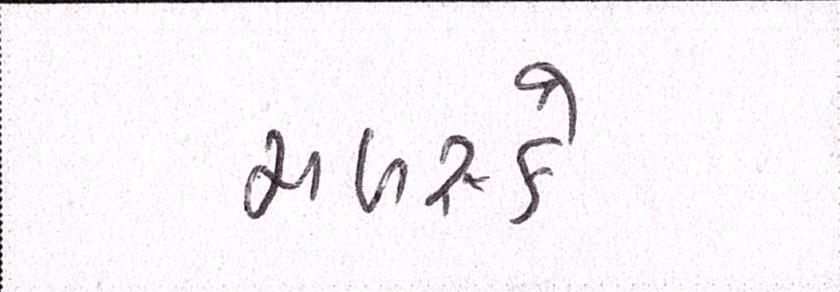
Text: મળસ્કે